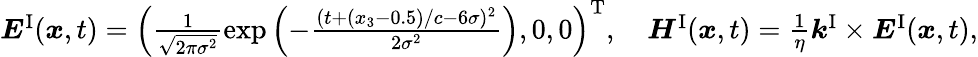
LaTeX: \begin{array}{r}{\boldsymbol{E}^{\mathrm{I}}(\boldsymbol{x},t)=\left(\frac{1}{\sqrt{2\pi\sigma^{2}}}\exp\left(-\frac{(t+(x_{3}-0.5)/c-6\sigma)^{2}}{2\sigma^{2}}\right),0,0\right)^{\mathrm{T}},\quad\boldsymbol{H}^{\mathrm{I}}(\boldsymbol{x},t)=\frac{1}{\eta}\boldsymbol{k}^{\mathrm{I}}\times\boldsymbol{E}^{\mathrm{I}}(\boldsymbol{x},t),}\end{array}